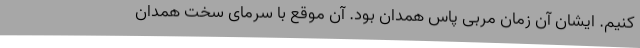
کنیم. ایشان آن زمان مربی پاس همدان بود. آن موقع با سرمای سخت همدان